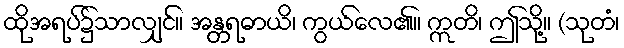
ထိုအရပ်၌သာလျှင်။ အန္တရဓာယိ၊ ကွယ်လေ၏။ ဣတိ၊ ဤသို့။ (သုတံ၊